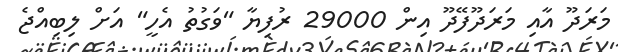
މަރަދޫ އާއި މަރަދޫފޭދޫ އިން 29000 ރުފިޔާ "ވަގުތު އެހީ" އަށް ލިބިއްޖެ